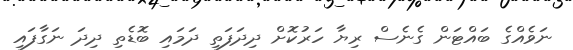
ނަވެއްގެ ބައްޓަން ގެނެސް ރިޔާ ހަރުކޮށް ދިދަފަތި ދަމައި ބޮޑެތި ދިދަ ނަގާފައި